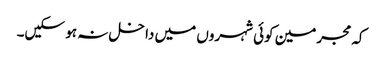
کہ مجرمین کوئی شہروں میں داخل نہ ہو سکیں۔